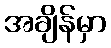
အချိန်မှာ